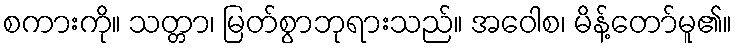
စကားကို။ သတ္တာ၊ မြတ်စွာဘုရားသည်။ အဝေါစ၊ မိန့်တော်မူ၏။